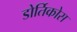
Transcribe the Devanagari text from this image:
डोर्तिकोस